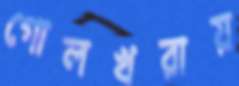
গোলখরায়